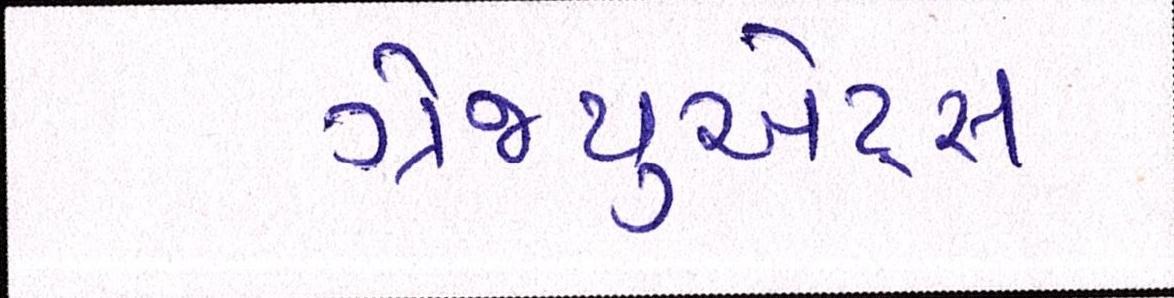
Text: ગ્રેજ્યુએટ્સ